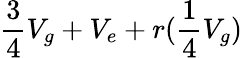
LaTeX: {\frac{3}{4}}V_{g}+V_{e}+r({{\frac{1}{4}}V_{g}})